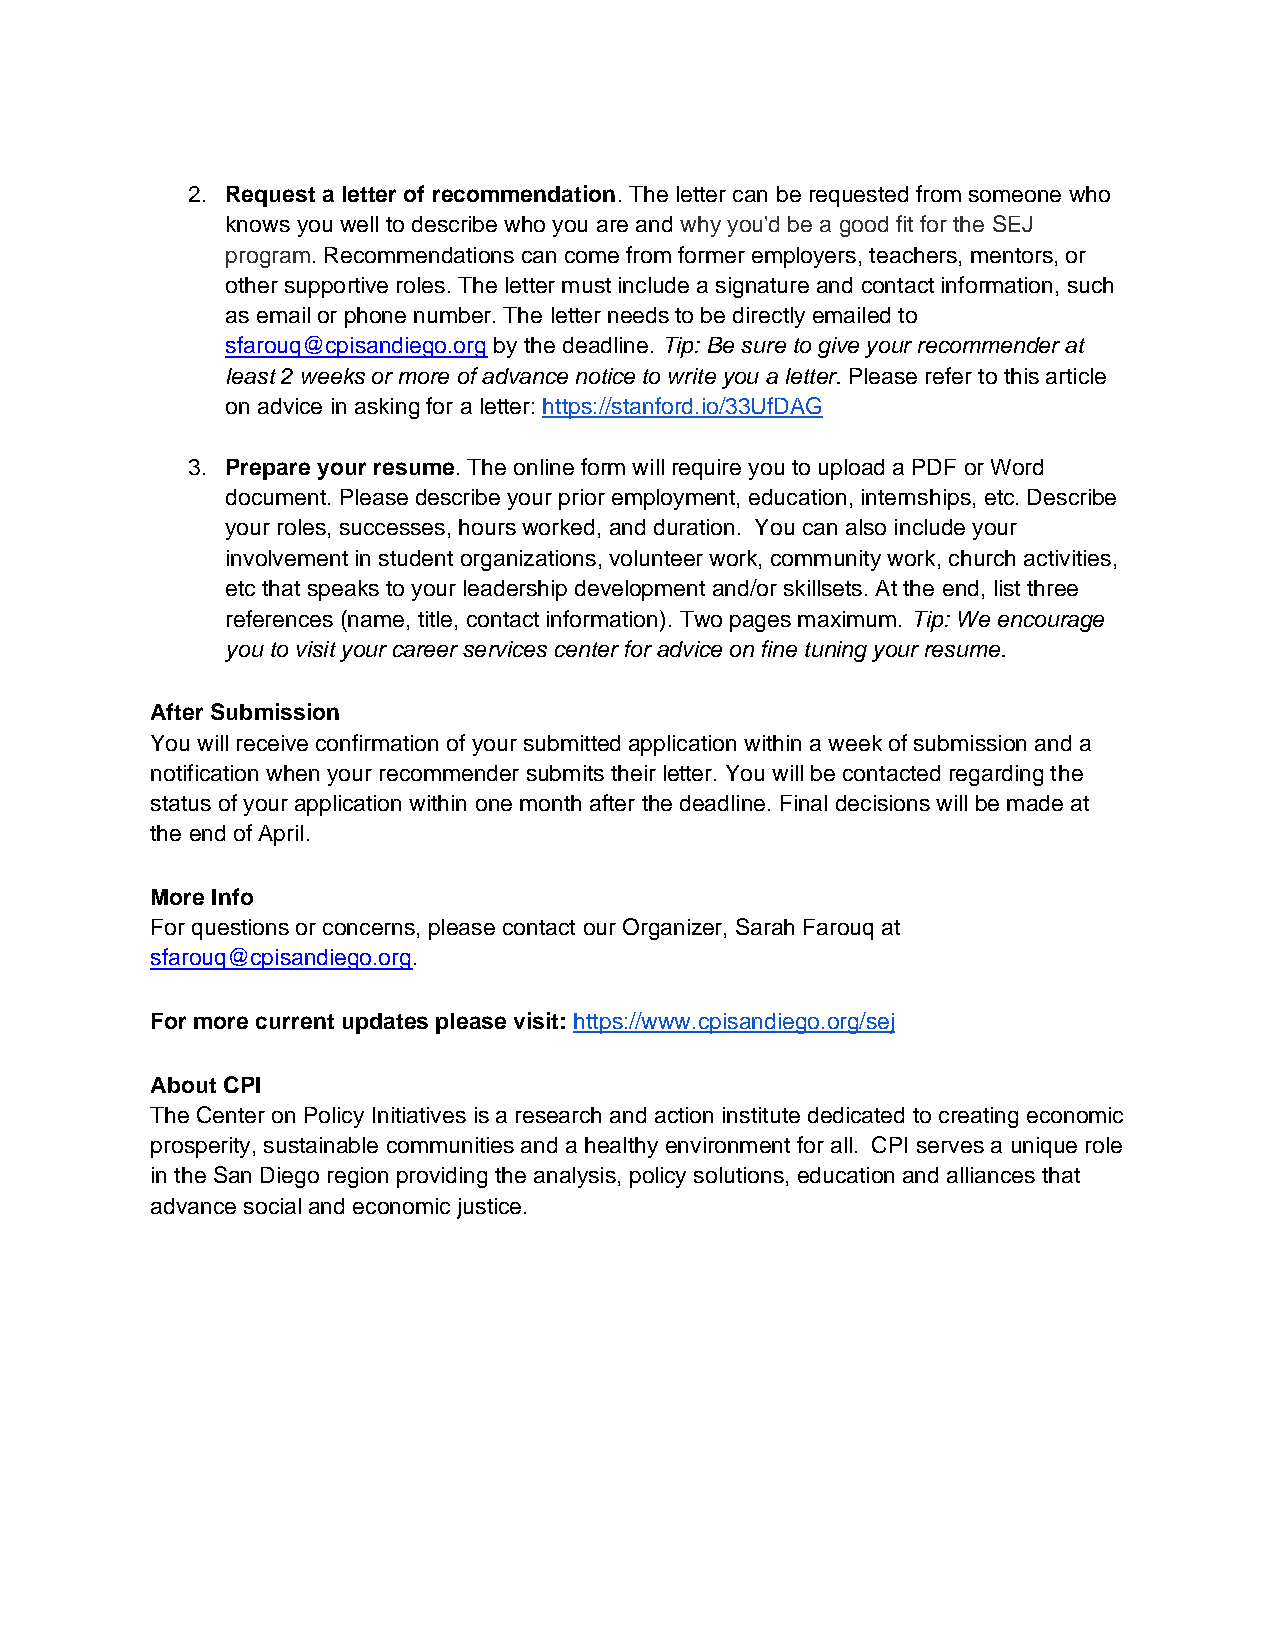
2. Request a letter of recommendation. The letter can be requested from someone who
 knows you well to describe who you are and why you'd be a good fit for the SEJ
 program. Recommendations can come from former employers, teachers, mentors, or
 other supportive roles. The letter must include a signature and contact information, such
 as email or phone number. The letter needs to be directly emailed to
 sfarouq@cpisandiego.org by the deadline. Tip: Be sure to give your recommender at
 least 2 weeks or more of advance notice to write you a letter. Please refer to this article
 on advice in asking for a letter: https://stanford.io/33UfDAG
 3. Prepare your resume. The online form will require you to upload a PDF or Word
 document. Please describe your prior employment, education, internships, etc. Describe
 your roles, successes, hours worked, and duration. You can also include your
 involvement in student organizations, volunteer work, community work, church activities,
 etc that speaks to your leadership development and/or skillsets. At the end, list three
 references (name, title, contact information). Two pages maximum. Tip: We encourage
 you to visit your career services center for advice on fine tuning your resume.
 After Submission
 You will receive confirmation of your submitted application within a week of submission and a
 notification when your recommender submits their letter. You will be contacted regarding the
 status of your application within one month after the deadline. Final decisions will be made at
 the end of April.
 More Info
 For questions or concerns, please contact our Organizer, Sarah Farouq at
 sfarouq@cpisandiego.org.
 For more current updates please visit: https://www.cpisandiego.org/sej
 About CPI
 The Center on Policy Initiatives is a research and action institute dedicated to creating economic
 prosperity, sustainable communities and a healthy environment for all. CPI serves a unique role
 in the San Diego region providing the analysis, policy solutions, education and alliances that
 advance social and economic justice.